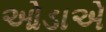
ઓડાએ